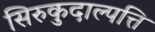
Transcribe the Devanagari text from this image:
सिरुकुदाल्पत्ति